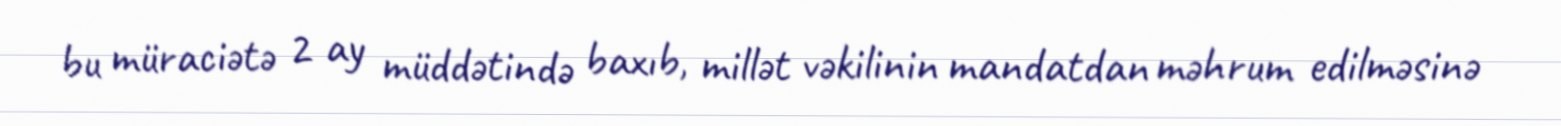
bu müraciətə 2 ay müddətində baxıb, millət vəkilinin mandatdan məhrum edilməsinə